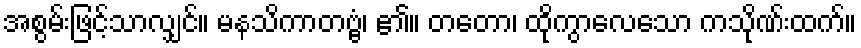
အစွမ်းဖြင့်သာလျှင်။ မနသိကာတဗ္ဗံ၊ ၏။ တတော၊ ထိုကွာလေသော ကသိုဏ်းထက်။